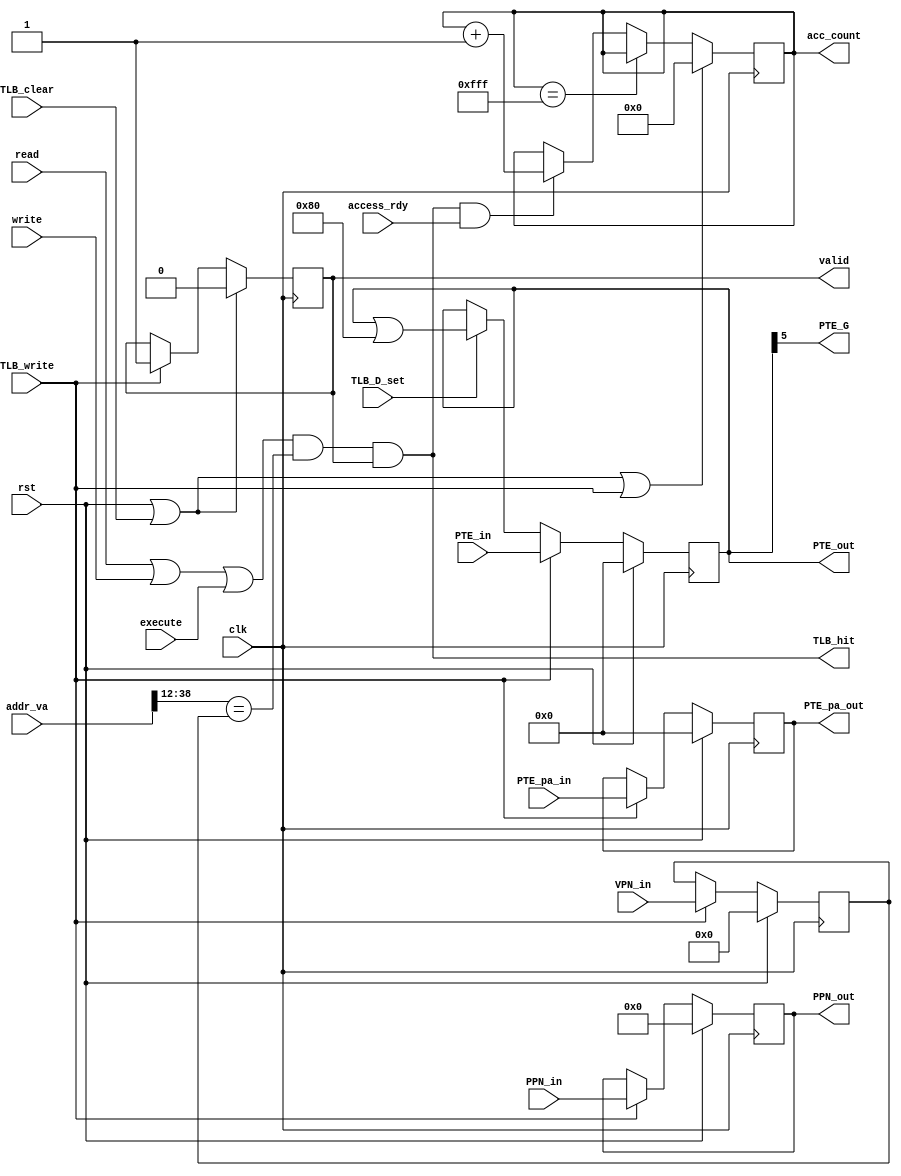
module TLB_entry(
//
input wire clk,
input wire rst,
//VA-PA
//
input wire read,
input wire write,
input wire execute,

input wire access_rdy,		//cacheTLB1
//
input wire [63:0]addr_va,

//
//output wire load_page_fault,
//output wire store_page_fault,
//output wire ins_page_fault,
//(Cache)
//output wire read,
//output wire write,
//output wire C,		//

//TLB_ctrl
output reg valid,			//TLB entry
output reg [11:0]acc_count,	//
output wire PTE_G,				//
output reg [63:0]PTE_out,		//
output reg [63:0]PTE_pa_out, 	//
output reg [43:0]PPN_out,		//

input wire [26:0]VPN_in,		//VPN
input wire [43:0]PPN_in,
input wire [63:0]PTE_in,		//
input wire [63:0]PTE_pa_in,		//

output wire TLB_hit,		//
input wire TLB_write,		//
input wire TLB_clear,		//valid
input wire TLB_D_set		//
);
//pte
//Sv39CT
parameter V 			= 0;
parameter R				= 1;
parameter W				= 2;
parameter X				= 3;
parameter U				= 4;
parameter G				= 5;
parameter A				= 6;
parameter D 			= 7;
parameter C				= 63;
parameter T				= 62;

reg [26:0]VPN;		//VPN


//
always@(posedge clk)begin		//
	if(rst | TLB_clear | TLB_write)begin
		acc_count	<=	12'b0;
	end							//
	else if(acc_count == 12'b111111111111)begin
		acc_count	<=	acc_count;
	end							//+1
	else if(TLB_hit & access_rdy)begin
		acc_count	<=	acc_count + 12'b1;
	end
end

assign TLB_hit	=	(read|write|execute)&(addr_va[38:12]==VPN)&valid;	//TLB VPN

//
always@(posedge clk)begin
	if(rst | TLB_clear)begin
		valid	<=	1'b0;
	end						//TLB valid1
	else if(TLB_write)begin
		valid	<=	1'b1;
	end
end

always@(posedge clk)begin
	if(rst)begin
		PTE_out 	<=	64'b0;
		PTE_pa_out	<=	64'b0;
		PPN_out		<=	43'b0;
		VPN			<=	27'b0;
	end
	else if(TLB_write)begin
		PTE_out 	<=	PTE_in;
		PTE_pa_out	<=	PTE_pa_in;
		PPN_out		<=	PPN_in;
		VPN			<=	VPN_in;
	end
	else if(TLB_D_set)begin		//Dset PTED
		PTE_out		<=	PTE_out | 64'b10000000;
	end
end
assign PTE_G = PTE_out[G];


endmodule